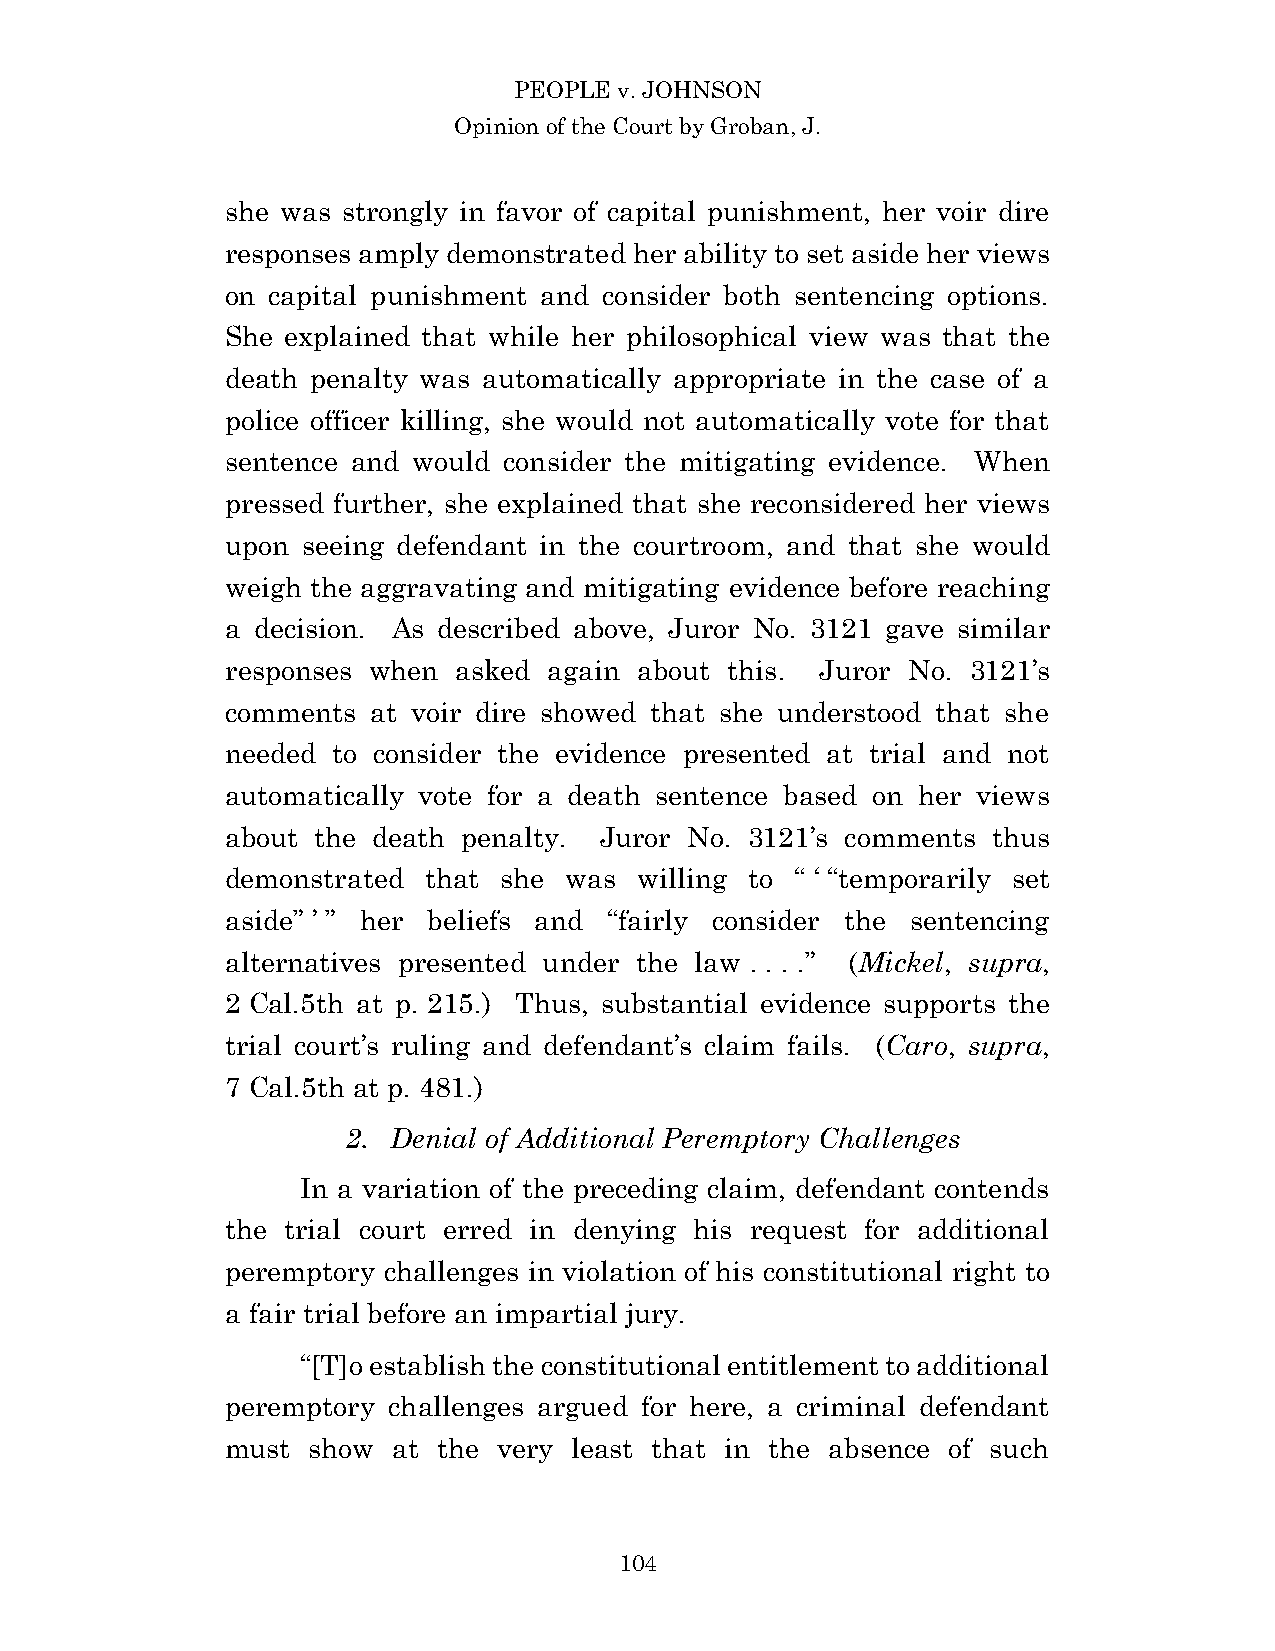
PEOPLE v. JOHNSON
 Opinion of the Court by Groban, J.
 she was strongly in favor of capital punishment, her voir dire
 responses amply demonstrated her ability to set aside her views
 on capital punishment and consider both sentencing options.
 She explained that while her philosophical view was that the
 death penalty was automatically appropriate in the case of a
 police officer killing, she would not automatically vote for that
 sentence and would consider the mitigating evidence. When
 pressed further, she explained that she reconsidered her views
 upon seeing defendant in the courtroom, and that she would
 weigh the aggravating and mitigating evidence before reaching
 a decision. As described above, Juror No. 3121 gave similar
 responses when asked again about this. Juror No. 3121’s
 comments  at voir dire showed that she understood that she
 needed to consider the evidence presented at trial and not
 automatically vote for a death sentence based on her views
 about the death penalty. Juror No. 3121’s comments thus
 demonstrated that she was  willing to “ ‘ “temporarily set
 aside” ’ ” her beliefs and “fairly consider the sentencing
 alternatives presented under the law . . . .” (Mickel, supra,
 2 Cal.5th at p. 215.) Thus, substantial evidence supports the
 trial court’s ruling and defendant’s claim fails. (Caro, supra,
 7 Cal.5th at p. 481.)
 2. Denial of Additional Peremptory Challenges
 In a variation of the preceding claim, defendant contends
 the trial court erred in denying his request for additional
 peremptory challenges in violation of his constitutional right to
 a fair trial before an impartial jury.
 “[T]o establish the constitutional entitlement to additional
 peremptory challenges argued for here, a criminal defendant
 must show  at the very least that in the absence of such
 10 4